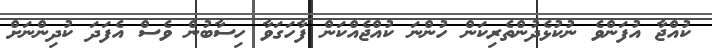
ކުއްޖާ އުފަންވެ ނުކުޅެދުންތެރިކަން ހުންނަ ކުއްޖެއްކަން ފާހަގަވާ ހިސާބުން ވެސް އެފަދަ ކުދިންނަށް